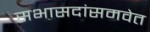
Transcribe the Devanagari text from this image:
सभासदांसमवेत